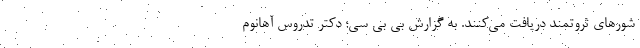
شورهای ثروتمند دریافت می‌کنند. به گزارش بی بی سی؛ دکتر تدروس آهانوم